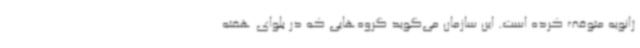
ژانویه متوقف کرده است. این سازمان می‌گوید گروه‌هایی که در بلوای هفته